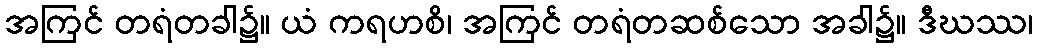
အကြင် တရံတခါ၌။ ယံ ကရဟစိ၊ အကြင် တရံတဆစ်သော အခါ၌။ ဒီဃဿ၊